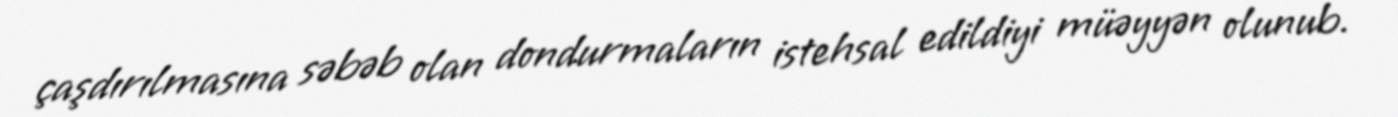
çaşdırılmasına səbəb olan dondurmaların istehsal edildiyi müəyyən olunub.